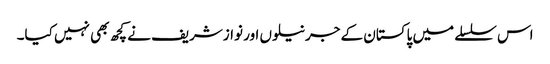
اس سلسلے میں پاکستان کے جرنیلوں اور نوازشریف نے کچھ بھی نہیں کیا۔